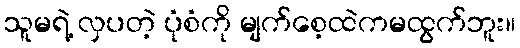
သူမရဲ့ လှပတဲ့ ပုံစံကို မျက်စေ့ထဲကမထွက်ဘူး။